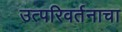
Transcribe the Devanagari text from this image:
उत्परिवर्तनाचा